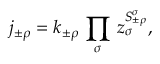
j _ { \pm \rho } = k _ { \pm \rho } \, \prod _ { \sigma } \, z _ { \sigma } ^ { S _ { \pm \rho } ^ { \sigma } } ,